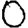
Digit: 0